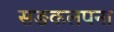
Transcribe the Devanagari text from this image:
सङकलपना